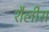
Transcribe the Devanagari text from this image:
शैलीस